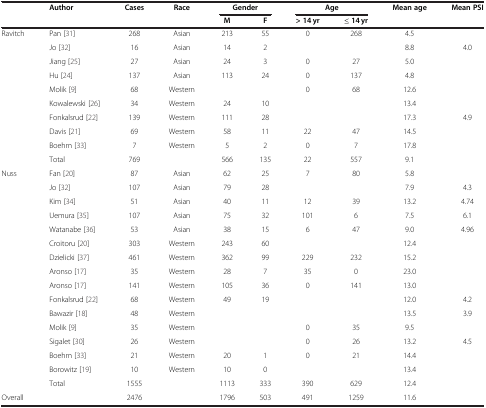
<table><thead><tr><td rowspan="2"><b> </b></td><td rowspan="2"><b>Author</b></td><td rowspan="2"><b>Cases</b></td><td rowspan="2"><b>Race</b></td><td colspan="2"><b>Gender</b></td><td colspan="2"><b>Age</b></td><td rowspan="2"><b>Mean age</b></td><td rowspan="2"><b>Mean PSI</b></td></tr><tr><td><b>M</b></td><td><b>F</b></td><td><b>&gt; 14 yr</b></td><td><b>≤ 14 yr</b></td></tr></thead><tbody><tr><td>Ravitch</td><td>Pan[31]</td><td>268</td><td>Asian</td><td>213</td><td>55</td><td>0</td><td>268</td><td>4.5</td><td> </td></tr><tr><td> </td><td>Jo[32]</td><td>16</td><td>Asian</td><td>14</td><td>2</td><td> </td><td> </td><td>8.8</td><td>4.0</td></tr><tr><td> </td><td>Jiang[25]</td><td>27</td><td>Asian</td><td>24</td><td>3</td><td>0</td><td>27</td><td>5.0</td><td> </td></tr><tr><td> </td><td>Hu[24]</td><td>137</td><td>Asian</td><td>113</td><td>24</td><td>0</td><td>137</td><td>4.8</td><td> </td></tr><tr><td> </td><td>Molik[9]</td><td>68</td><td>Western</td><td> </td><td> </td><td>0</td><td>68</td><td>12.6</td><td> </td></tr><tr><td> </td><td>Kowalewski[26]</td><td>34</td><td>Western</td><td>24</td><td>10</td><td> </td><td> </td><td>13.4</td><td> </td></tr><tr><td> </td><td>Fonkalsrud[22]</td><td>139</td><td>Western</td><td>111</td><td>28</td><td> </td><td> </td><td>17.3</td><td>4.9</td></tr><tr><td> </td><td>Davis[21]</td><td>69</td><td>Western</td><td>58</td><td>11</td><td>22</td><td>47</td><td>14.5</td><td> </td></tr><tr><td> </td><td>Boehm[33]</td><td>7</td><td>Western</td><td>5</td><td>2</td><td>0</td><td>7</td><td>17.8</td><td> </td></tr><tr><td> </td><td>Total</td><td>769</td><td> </td><td>566</td><td>135</td><td>22</td><td>557</td><td>9.1</td><td> </td></tr><tr><td>Nuss</td><td>Fan[20]</td><td>87</td><td>Asian</td><td>62</td><td>25</td><td>7</td><td>80</td><td>5.8</td><td> </td></tr><tr><td> </td><td>Jo[32]</td><td>107</td><td>Asian</td><td>79</td><td>28</td><td> </td><td> </td><td>7.9</td><td>4.3</td></tr><tr><td> </td><td>Kim[34]</td><td>51</td><td>Asian</td><td>40</td><td>11</td><td>12</td><td>39</td><td>13.2</td><td>4.74</td></tr><tr><td> </td><td>Uemura[35]</td><td>107</td><td>Asian</td><td>75</td><td>32</td><td>101</td><td>6</td><td>7.5</td><td>6.1</td></tr><tr><td> </td><td>Watanabe[36]</td><td>53</td><td>Asian</td><td>38</td><td>15</td><td>6</td><td>47</td><td>9.0</td><td>4.96</td></tr><tr><td> </td><td>Croitoru[20]</td><td>303</td><td>Western</td><td>243</td><td>60</td><td> </td><td> </td><td>12.4</td><td> </td></tr><tr><td> </td><td>Dzielicki[37]</td><td>461</td><td>Western</td><td>362</td><td>99</td><td>229</td><td>232</td><td>15.2</td><td> </td></tr><tr><td> </td><td>Aronso[17]</td><td>35</td><td>Western</td><td>28</td><td>7</td><td>35</td><td>0</td><td>23.0</td><td> </td></tr><tr><td> </td><td>Aronso[17]</td><td>141</td><td>Western</td><td>105</td><td>36</td><td>0</td><td>141</td><td>13.0</td><td> </td></tr><tr><td> </td><td>Fonkalsrud[22]</td><td>68</td><td>Western</td><td>49</td><td>19</td><td> </td><td> </td><td>12.0</td><td>4.2</td></tr><tr><td> </td><td>Bawazir[18]</td><td>48</td><td>Western</td><td> </td><td> </td><td> </td><td> </td><td>13.5</td><td>3.9</td></tr><tr><td> </td><td>Molik[9]</td><td>35</td><td>Western</td><td> </td><td> </td><td>0</td><td>35</td><td>9.5</td><td> </td></tr><tr><td> </td><td>Sigalet[30]</td><td>26</td><td>Western</td><td> </td><td> </td><td>0</td><td>26</td><td>13.2</td><td>4.5</td></tr><tr><td> </td><td>Boehm[33]</td><td>21</td><td>Western</td><td>20</td><td>1</td><td>0</td><td>21</td><td>14.4</td><td> </td></tr><tr><td> </td><td>Borowitz[19]</td><td>10</td><td>Western</td><td>10</td><td>0</td><td> </td><td> </td><td>13.4</td><td> </td></tr><tr><td> </td><td>Total</td><td>1555</td><td> </td><td>1113</td><td>333</td><td>390</td><td>629</td><td>12.4</td><td> </td></tr><tr><td>Overall</td><td> </td><td>2476</td><td> </td><td>1796</td><td>503</td><td>491</td><td>1259</td><td>11.6</td><td> </td></tr></tbody></table>